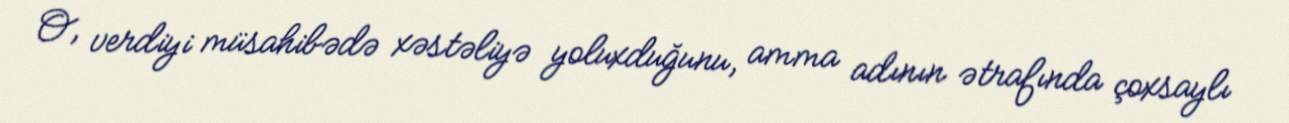
O, verdiyi müsahibədə xəstəliyə yoluxduğunu, amma adının ətrafında çoxsaylı